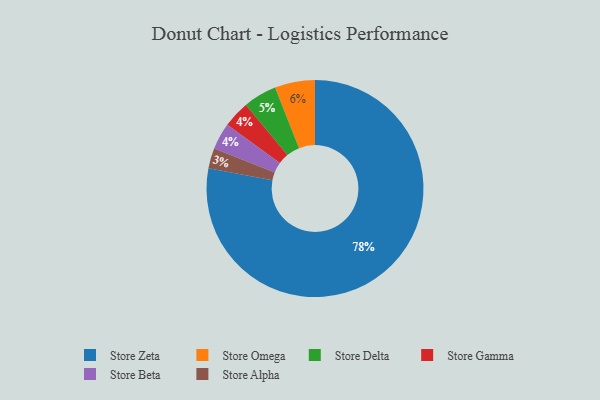
{"axis": {"x": "Category", "y": "Percentage"}, "legend": ["Store Alpha", "Store Beta", "Store Delta", "Store Gamma", "Store Omega", "Store Zeta"], "data": [{"x": "Store Alpha", "y": 3, "type": "Store Alpha"}, {"x": "Store Gamma", "y": 4, "type": "Store Gamma"}, {"x": "Store Delta", "y": 5, "type": "Store Delta"}, {"x": "Store Beta", "y": 4, "type": "Store Beta"}, {"x": "Store Zeta", "y": 78, "type": "Store Zeta"}, {"x": "Store Omega", "y": 6, "type": "Store Omega"}]}